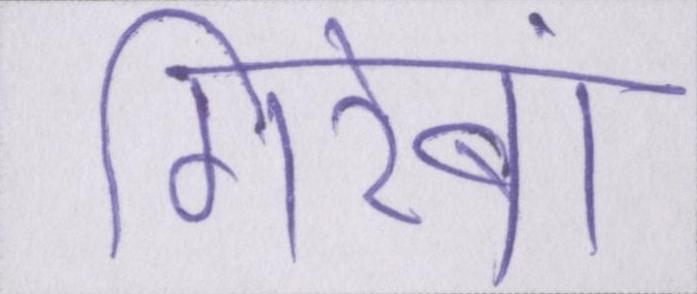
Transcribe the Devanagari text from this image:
गिरेबां